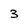
Character: 3